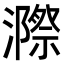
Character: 𭳋